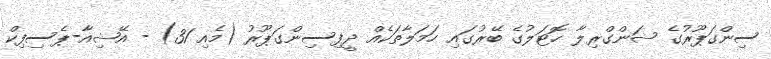
ސިންގަޕޫރުގެ ޝަންގްރިލާ ހޮޓަލުގެ ބޭރުގައި ހަމަލާތަކެއް ދީފިސިންގަޕޫރު (މެއި 31) - އޭޝިއާ-ޕެސިފިކް